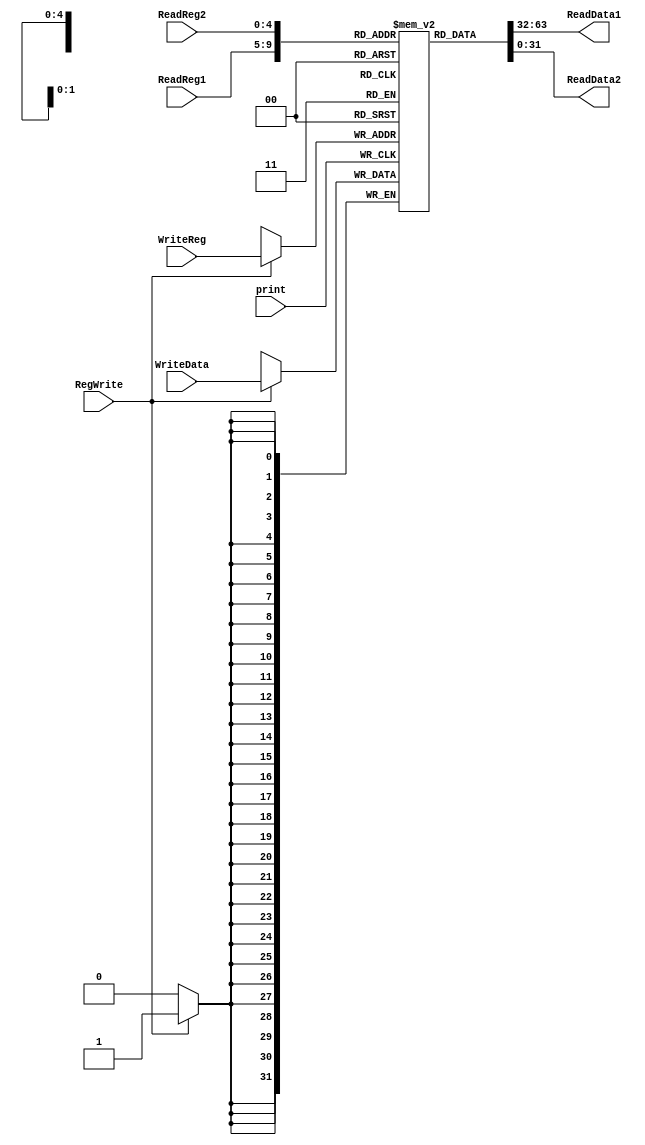
module Register_File 
( RegWrite, ReadReg1, ReadReg2, WriteReg, WriteData, ReadData1, ReadData2, print );
    input       [4:0]   ReadReg1, ReadReg2, WriteReg;
    input       [31:0]  WriteData;
    input               print, RegWrite;
    output  reg [31:0]  ReadData1, ReadData2;
    reg         [31:0]  registerMem    [31:0];

    initial
    begin
        ReadData1 = 0; ReadData2 = 0;
    end
    
    integer             i;

    initial
        for ( i = 0; i < 32; i = i + 1 ) 
            registerMem[i] = 0; // initialize to be zeros
    
    always @ ( ReadReg1, ReadReg2, registerMem[ReadReg1], registerMem[ReadReg2] )
    begin
        ReadData1 = registerMem[ReadReg1];
        ReadData2 = registerMem[ReadReg2];
    end

    always @ ( negedge print )
    begin
        if ( RegWrite )
        begin
            registerMem[WriteReg] = WriteData;
        end
    end

endmodule